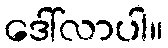
ဒေါ်လာပါ။